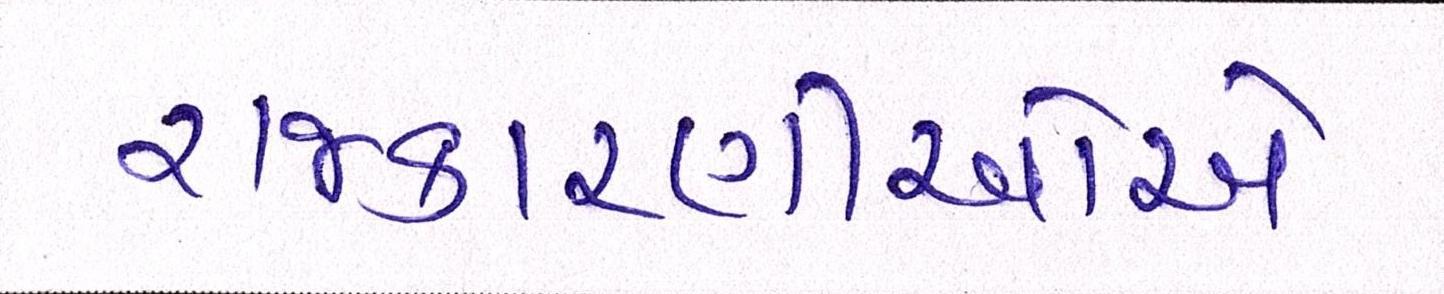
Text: રાજકારણીઓએ